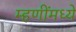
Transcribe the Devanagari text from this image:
म्हणींमध्ये